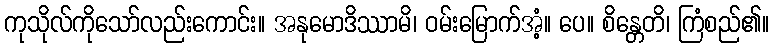
ကုသိုလ်ကိုသော်လည်းကောင်း။ အနုမောဒိဿာမိ၊ ဝမ်းမြောက်အံ့။ ပေ။ စိန္တေတိ၊ ကြံစည်၏။